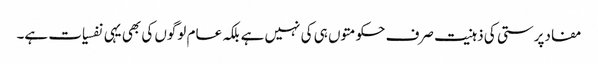
مفادپرستی کی ذہنیت صرف حکومتوں ہی کی نہیں ہے بلکہ عام لوگوں کی بھی یہی نفسیات ہے۔